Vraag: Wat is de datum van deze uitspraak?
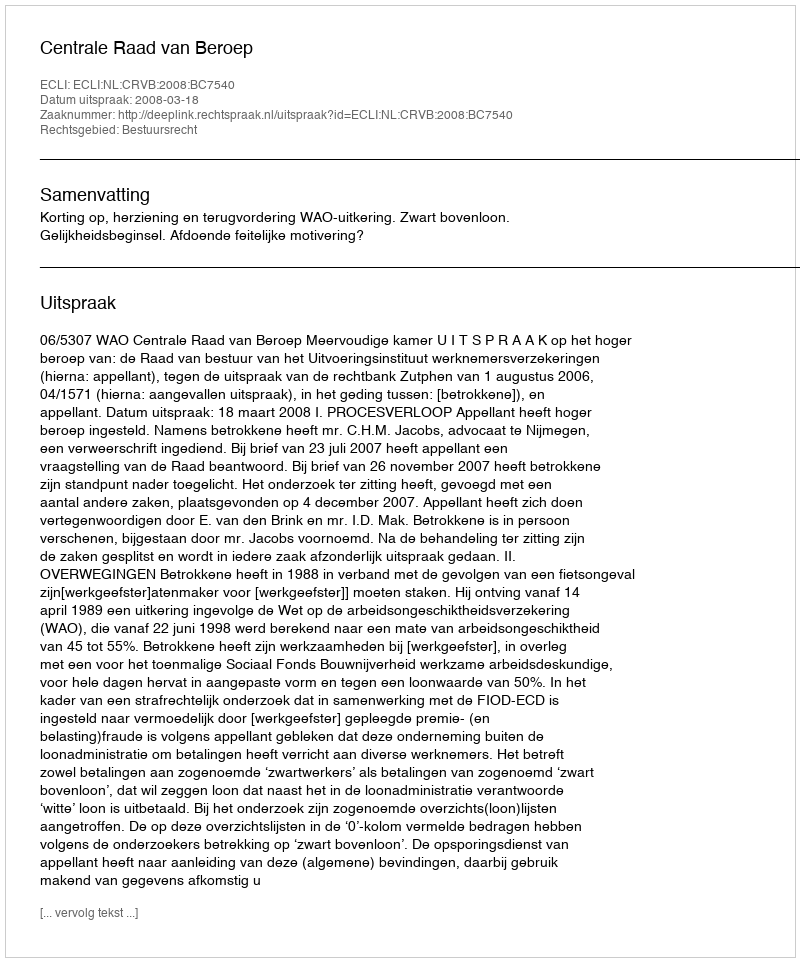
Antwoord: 2008-03-18